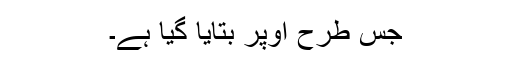
جس طرح اوپر بتایا گیا ہے۔